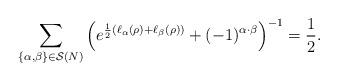
LaTeX: \begin{align*}\sum_{\{\alpha,\beta\}\in\mathcal{S}(N)}\left(e^{\frac{1}{2}(\ell_{\alpha}(\rho)+\ell_{\beta}(\rho))}+(-1)^{\alpha\cdot\beta}\right)^{-1}=\frac{1}{2}.\end{align*}